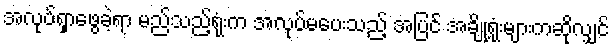
အလုပ်ရှာဖွေခဲ့ရာ မည်သည့်ရုံးက အလုပ်မပေးသည့် အပြင် အချို့ရုံးများကဆိုလျှင်